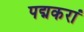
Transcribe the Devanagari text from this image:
पद्मकरां